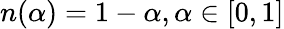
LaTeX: n(\alpha)=1-\alpha,\alpha\in[0,1]